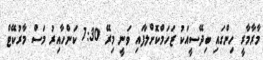
މާރާމާރީ ހިންގައި ބިދޭސީއަކު ޒަހަމްކޮށްލާފައި ވަނީ މިރޭ 7:30 ކަންހާއިރު މަސް މާރުކޭޓް